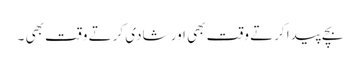
بچے پیدا کرتے وقت بھی اور شادی کرتے وقت بھی ۔